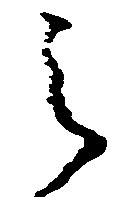
之